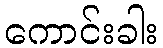
ကောင်းခါး